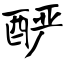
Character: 酽